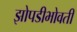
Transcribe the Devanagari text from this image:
झोपडीभोवती